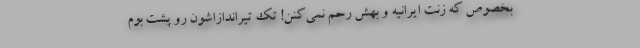
بخصوص که زنت ایرانیه و بهش رحم نمی‌کنن! تک تیراندازاشون رو پشت بوم